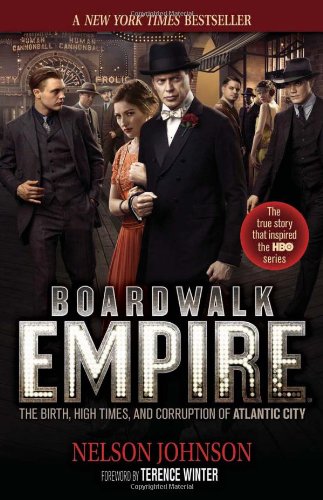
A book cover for Boardwalk Empire: The Birth, High Times, and Corruption of Atlantic City; Nelson Johnson; Biographies & Memoirs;